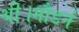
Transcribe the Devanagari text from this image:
थी।मौडर्न